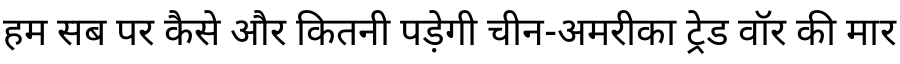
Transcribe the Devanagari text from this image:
हम सब पर कैसे और कितनी पड़ेगी चीन-अमरीका ट्रेड वॉर की मार